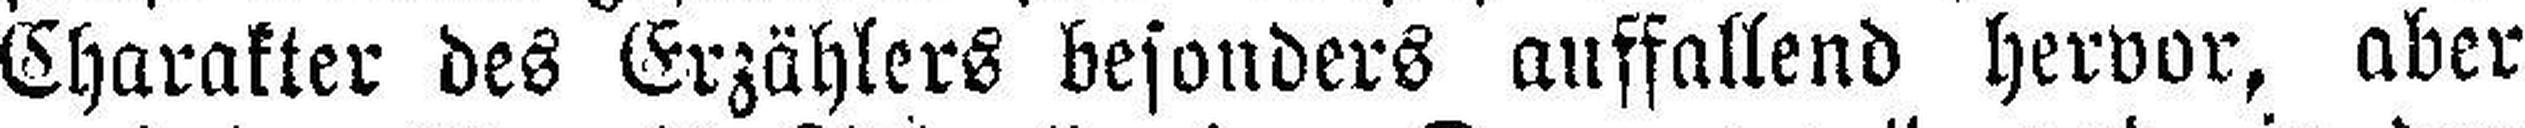
Charakter des Erzählers besonders auffallend hervor, aber